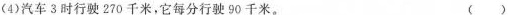
(4)汽车3时行驶270千米，它每分行驶90千米。 (